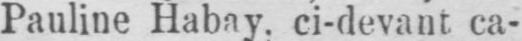
Pauline Habay, ci-devant ca-